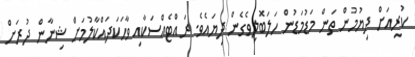
ކުރިއަށް ދިޔުމުން ތަން މަޑުމަޑުން ހަލަބޮލިވެގެން ދިޔައެވެ. ރައްޓެއްސަކާއި ވާހަކަދައްކާލުމަށް ޝިނާން ދުރަށް